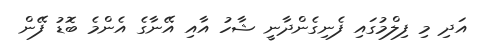
އަދި މި ފިލްމުގައި ފެނިގެންދާނީ ޝާހު އާއި އޭނާގެ އެންމެ ބޮޑު ފޭން